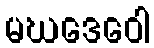
မဃဒေဝေါ